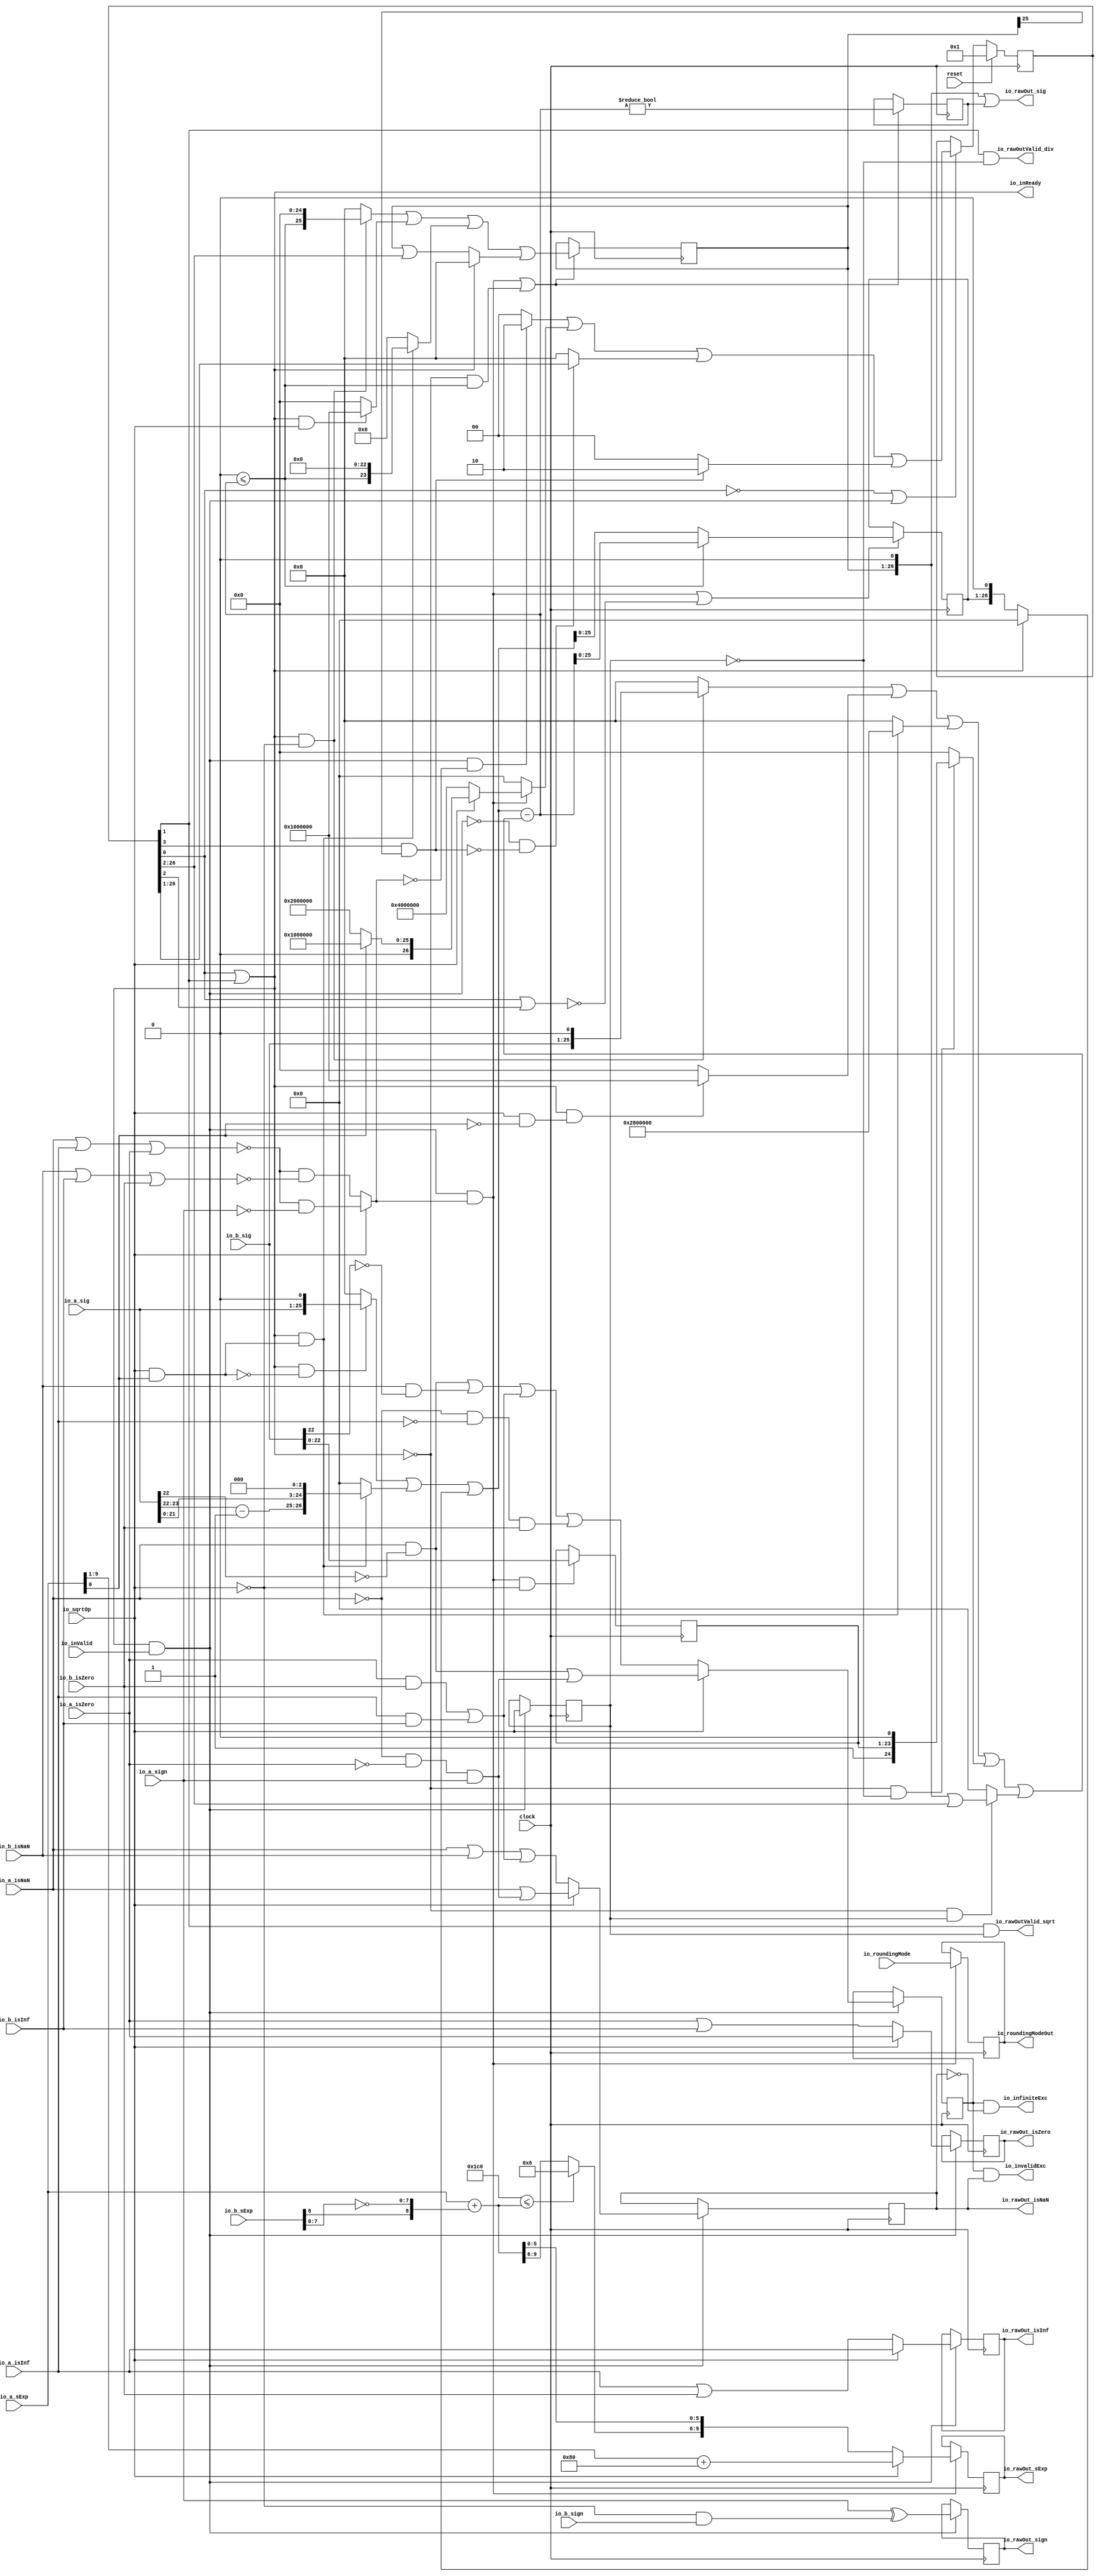
module DivSqrtRawFN_small(
  input         clock,
  input         reset,
  output        io_inReady,
  input         io_inValid,
  input         io_sqrtOp,
  input         io_a_isNaN,
  input         io_a_isInf,
  input         io_a_isZero,
  input         io_a_sign,
  input  [9:0]  io_a_sExp,
  input  [24:0] io_a_sig,
  input         io_b_isNaN,
  input         io_b_isInf,
  input         io_b_isZero,
  input         io_b_sign,
  input  [9:0]  io_b_sExp,
  input  [24:0] io_b_sig,
  input  [2:0]  io_roundingMode,
  output        io_rawOutValid_div,
  output        io_rawOutValid_sqrt,
  output [2:0]  io_roundingModeOut,
  output        io_invalidExc,
  output        io_infiniteExc,
  output        io_rawOut_isNaN,
  output        io_rawOut_isInf,
  output        io_rawOut_isZero,
  output        io_rawOut_sign,
  output [9:0]  io_rawOut_sExp,
  output [26:0] io_rawOut_sig
);
`ifdef RANDOMIZE_REG_INIT
  reg [31:0] _RAND_0;
  reg [31:0] _RAND_1;
  reg [31:0] _RAND_2;
  reg [31:0] _RAND_3;
  reg [31:0] _RAND_4;
  reg [31:0] _RAND_5;
  reg [31:0] _RAND_6;
  reg [31:0] _RAND_7;
  reg [31:0] _RAND_8;
  reg [31:0] _RAND_9;
  reg [31:0] _RAND_10;
  reg [31:0] _RAND_11;
  reg [31:0] _RAND_12;
`endif // RANDOMIZE_REG_INIT
  reg [26:0] cycleNum; // @[DivSqrtRecFN_small.scala 223:33]
  reg  sqrtOp_Z; // @[DivSqrtRecFN_small.scala 225:29]
  reg  majorExc_Z; // @[DivSqrtRecFN_small.scala 226:29]
  reg  isNaN_Z; // @[DivSqrtRecFN_small.scala 228:29]
  reg  isInf_Z; // @[DivSqrtRecFN_small.scala 229:29]
  reg  isZero_Z; // @[DivSqrtRecFN_small.scala 230:29]
  reg  sign_Z; // @[DivSqrtRecFN_small.scala 231:29]
  reg [9:0] sExp_Z; // @[DivSqrtRecFN_small.scala 232:29]
  reg [22:0] fractB_Z; // @[DivSqrtRecFN_small.scala 233:29]
  reg [2:0] roundingMode_Z; // @[DivSqrtRecFN_small.scala 234:29]
  reg [25:0] rem_Z; // @[DivSqrtRecFN_small.scala 240:29]
  reg  notZeroRem_Z; // @[DivSqrtRecFN_small.scala 241:29]
  reg [25:0] sigX_Z; // @[DivSqrtRecFN_small.scala 242:29]
  wire  notSigNaNIn_invalidExc_S_div = (io_a_isZero & io_b_isZero) | (io_a_isInf & io_b_isInf); // @[DivSqrtRecFN_small.scala 251:42]
  wire  _notSigNaNIn_invalidExc_S_sqrt_T = ~io_a_isNaN; // @[DivSqrtRecFN_small.scala 253:9]
  wire  notSigNaNIn_invalidExc_S_sqrt = ((~io_a_isNaN) & (~io_a_isZero)) & io_a_sign; // @[DivSqrtRecFN_small.scala 253:43]
  wire  _majorExc_S_T_2 = io_a_isNaN & (~(io_a_sig[22])); // @[common.scala 81:46]
  wire  _majorExc_S_T_3 = _majorExc_S_T_2 | notSigNaNIn_invalidExc_S_sqrt; // @[DivSqrtRecFN_small.scala 256:38]
  wire  _majorExc_S_T_9 = io_b_isNaN & (~(io_b_sig[22])); // @[common.scala 81:46]
  wire  _majorExc_S_T_11 = (_majorExc_S_T_2 | _majorExc_S_T_9) | notSigNaNIn_invalidExc_S_div; // @[DivSqrtRecFN_small.scala 257:66]
  wire  _majorExc_S_T_15 = (_notSigNaNIn_invalidExc_S_sqrt_T & (~io_a_isInf)) & io_b_isZero; // @[DivSqrtRecFN_small.scala 259:51]
  wire  _majorExc_S_T_16 = _majorExc_S_T_11 | _majorExc_S_T_15; // @[DivSqrtRecFN_small.scala 258:46]
  wire  _isNaN_S_T = io_a_isNaN | notSigNaNIn_invalidExc_S_sqrt; // @[DivSqrtRecFN_small.scala 263:26]
  wire  _isNaN_S_T_2 = (io_a_isNaN | io_b_isNaN) | notSigNaNIn_invalidExc_S_div; // @[DivSqrtRecFN_small.scala 264:42]
  wire  _sign_S_T = ~io_sqrtOp; // @[DivSqrtRecFN_small.scala 268:33]
  wire  sign_S = io_a_sign ^ ((~io_sqrtOp) & io_b_sign); // @[DivSqrtRecFN_small.scala 268:30]
  wire  specialCaseA_S = (io_a_isNaN | io_a_isInf) | io_a_isZero; // @[DivSqrtRecFN_small.scala 270:55]
  wire  specialCaseB_S = (io_b_isNaN | io_b_isInf) | io_b_isZero; // @[DivSqrtRecFN_small.scala 271:55]
  wire  _normalCase_S_div_T = ~specialCaseA_S; // @[DivSqrtRecFN_small.scala 272:28]
  wire  normalCase_S_div = (~specialCaseA_S) & (~specialCaseB_S); // @[DivSqrtRecFN_small.scala 272:45]
  wire  normalCase_S_sqrt = _normalCase_S_div_T & (~io_a_sign); // @[DivSqrtRecFN_small.scala 273:46]
  wire  normalCase_S = io_sqrtOp ? normalCase_S_sqrt : normalCase_S_div; // @[DivSqrtRecFN_small.scala 274:27]
  wire  sExpQuot_S_div_right = io_b_sExp[8]; // @[DivSqrtRecFN_small.scala 278:28]
  wire [7:0] sExpQuot_S_div_left = ~(io_b_sExp[7:0]); // @[DivSqrtRecFN_small.scala 278:40]
  wire [8:0] _sExpQuot_S_div_T_2 = {sExpQuot_S_div_right,sExpQuot_S_div_left}; // @[DivSqrtRecFN_small.scala 278:71]
  wire [9:0] _GEN_13 = {{1{_sExpQuot_S_div_T_2[8]}},_sExpQuot_S_div_T_2}; // @[DivSqrtRecFN_small.scala 277:21]
  wire [10:0] sExpQuot_S_div = $signed(io_a_sExp) + $signed(_GEN_13); // @[DivSqrtRecFN_small.scala 277:21]
  wire [3:0] sSatExpQuot_S_div_right = 11'sh1c0 <= $signed(sExpQuot_S_div) ? 4'h6 : sExpQuot_S_div[9:6]; // @[DivSqrtRecFN_small.scala 281:16]
  wire [5:0] sSatExpQuot_S_div_left = sExpQuot_S_div[5:0]; // @[DivSqrtRecFN_small.scala 285:27]
  wire [9:0] sSatExpQuot_S_div = {sSatExpQuot_S_div_right,sSatExpQuot_S_div_left}; // @[DivSqrtRecFN_small.scala 286:11]
  wire  evenSqrt_S = io_sqrtOp & (~(io_a_sExp[0])); // @[DivSqrtRecFN_small.scala 288:32]
  wire  oddSqrt_S = io_sqrtOp & (io_a_sExp[0]); // @[DivSqrtRecFN_small.scala 289:32]
  wire  idle = cycleNum[0]; // @[DivSqrtRecFN_small.scala 293:24]
  wire  inReady = idle | (cycleNum[1]); // @[DivSqrtRecFN_small.scala 294:24]
  wire  entering = inReady & io_inValid; // @[DivSqrtRecFN_small.scala 295:28]
  wire  entering_normalCase = entering & normalCase_S; // @[DivSqrtRecFN_small.scala 296:40]
  wire  skipCycle2 = (cycleNum[3]) & (sigX_Z[25]); // @[DivSqrtRecFN_small.scala 298:34]
  wire  _T_1 = (~idle) | entering; // @[DivSqrtRecFN_small.scala 300:18]
  wire  _cycleNum_T_1 = entering & (~normalCase_S); // @[DivSqrtRecFN_small.scala 302:26]
  wire [1:0] _cycleNum_T_2 = _cycleNum_T_1 ? 2'h2 : 2'h0; // @[DivSqrtRecFN_small.scala 302:16]
  wire [25:0] _cycleNum_T_4 = io_a_sExp[0] ? 26'h1000000 : 26'h2000000; // @[DivSqrtRecFN_small.scala 305:24]
  wire [26:0] _cycleNum_T_5 = io_sqrtOp ? {{1'd0}, _cycleNum_T_4} : 27'h4000000; // @[DivSqrtRecFN_small.scala 304:20]
  wire [26:0] _cycleNum_T_6 = entering_normalCase ? _cycleNum_T_5 : 27'h0; // @[DivSqrtRecFN_small.scala 303:16]
  wire [26:0] _GEN_14 = {{25'd0}, _cycleNum_T_2}; // @[DivSqrtRecFN_small.scala 302:59]
  wire [26:0] _cycleNum_T_7 = _GEN_14 | _cycleNum_T_6; // @[DivSqrtRecFN_small.scala 302:59]
  wire  _cycleNum_T_10 = (~entering) & (~skipCycle2); // @[DivSqrtRecFN_small.scala 310:28]
  wire [25:0] _cycleNum_T_12 = _cycleNum_T_10 ? cycleNum[26:1] : 26'h0; // @[DivSqrtRecFN_small.scala 310:16]
  wire [26:0] _GEN_15 = {{1'd0}, _cycleNum_T_12}; // @[DivSqrtRecFN_small.scala 309:15]
  wire [26:0] _cycleNum_T_13 = _cycleNum_T_7 | _GEN_15; // @[DivSqrtRecFN_small.scala 309:15]
  wire [1:0] _cycleNum_T_14 = skipCycle2 ? 2'h2 : 2'h0; // @[DivSqrtRecFN_small.scala 311:16]
  wire [26:0] _GEN_16 = {{25'd0}, _cycleNum_T_14}; // @[DivSqrtRecFN_small.scala 310:63]
  wire [26:0] _cycleNum_T_15 = _cycleNum_T_13 | _GEN_16; // @[DivSqrtRecFN_small.scala 310:63]
  wire [8:0] _sExp_Z_T = io_a_sExp[9:1]; // @[DivSqrtRecFN_small.scala 329:29]
  wire [9:0] _sExp_Z_T_1 = $signed(_sExp_Z_T) + 9'sh80; // @[DivSqrtRecFN_small.scala 329:34]
  wire  _T_3 = entering_normalCase & _sign_S_T; // @[DivSqrtRecFN_small.scala 334:31]
  wire  _rem_T_1 = inReady & (~oddSqrt_S); // @[DivSqrtRecFN_small.scala 341:21]
  wire [25:0] _rem_T_2 = {io_a_sig, 1'h0}; // @[DivSqrtRecFN_small.scala 341:47]
  wire [25:0] _rem_T_3 = _rem_T_1 ? _rem_T_2 : 26'h0; // @[DivSqrtRecFN_small.scala 341:12]
  wire  _rem_T_4 = inReady & oddSqrt_S; // @[DivSqrtRecFN_small.scala 342:21]
  wire [1:0] rem_right = (io_a_sig[23:22]) - 2'h1; // @[DivSqrtRecFN_small.scala 343:56]
  wire [24:0] rem_left = {io_a_sig[21:0], 3'h0}; // @[DivSqrtRecFN_small.scala 344:44]
  wire [26:0] _rem_T_8 = {rem_right,rem_left}; // @[Cat.scala 29:58]
  wire [26:0] _rem_T_9 = _rem_T_4 ? _rem_T_8 : 27'h0; // @[DivSqrtRecFN_small.scala 342:12]
  wire [26:0] _GEN_17 = {{1'd0}, _rem_T_3}; // @[DivSqrtRecFN_small.scala 341:57]
  wire [26:0] _rem_T_10 = _GEN_17 | _rem_T_9; // @[DivSqrtRecFN_small.scala 341:57]
  wire  _rem_T_11 = ~inReady; // @[DivSqrtRecFN_small.scala 348:13]
  wire [26:0] _rem_T_12 = {rem_Z, 1'h0}; // @[DivSqrtRecFN_small.scala 348:29]
  wire [26:0] _rem_T_13 = _rem_T_11 ? _rem_T_12 : 27'h0; // @[DivSqrtRecFN_small.scala 348:12]
  wire [26:0] rem = _rem_T_10 | _rem_T_13; // @[DivSqrtRecFN_small.scala 347:11]
  wire [24:0] bitMask = cycleNum[26:2]; // @[DivSqrtRecFN_small.scala 349:27]
  wire  _trialTerm_T_1 = inReady & _sign_S_T; // @[DivSqrtRecFN_small.scala 351:21]
  wire [25:0] _trialTerm_T_2 = {io_b_sig, 1'h0}; // @[DivSqrtRecFN_small.scala 351:47]
  wire [25:0] _trialTerm_T_3 = _trialTerm_T_1 ? _trialTerm_T_2 : 26'h0; // @[DivSqrtRecFN_small.scala 351:12]
  wire  _trialTerm_T_4 = inReady & evenSqrt_S; // @[DivSqrtRecFN_small.scala 352:21]
  wire [24:0] _trialTerm_T_5 = _trialTerm_T_4 ? 25'h1000000 : 25'h0; // @[DivSqrtRecFN_small.scala 352:12]
  wire [25:0] _GEN_18 = {{1'd0}, _trialTerm_T_5}; // @[DivSqrtRecFN_small.scala 351:73]
  wire [25:0] _trialTerm_T_6 = _trialTerm_T_3 | _GEN_18; // @[DivSqrtRecFN_small.scala 351:73]
  wire [25:0] _trialTerm_T_8 = _rem_T_4 ? 26'h2800000 : 26'h0; // @[DivSqrtRecFN_small.scala 353:12]
  wire [25:0] _trialTerm_T_9 = _trialTerm_T_6 | _trialTerm_T_8; // @[DivSqrtRecFN_small.scala 352:73]
  wire  _trialTerm_T_11 = ~sqrtOp_Z; // @[DivSqrtRecFN_small.scala 354:26]
  wire  _trialTerm_T_12 = _rem_T_11 & (~sqrtOp_Z); // @[DivSqrtRecFN_small.scala 354:23]
  wire [23:0] _trialTerm_T_13 = {1'h1,fractB_Z}; // @[Cat.scala 29:58]
  wire [24:0] _trialTerm_T_14 = {_trialTerm_T_13, 1'h0}; // @[DivSqrtRecFN_small.scala 354:56]
  wire [24:0] _trialTerm_T_15 = _trialTerm_T_12 ? _trialTerm_T_14 : 25'h0; // @[DivSqrtRecFN_small.scala 354:12]
  wire [25:0] _GEN_19 = {{1'd0}, _trialTerm_T_15}; // @[DivSqrtRecFN_small.scala 353:73]
  wire [25:0] _trialTerm_T_16 = _trialTerm_T_9 | _GEN_19; // @[DivSqrtRecFN_small.scala 353:73]
  wire  _trialTerm_T_18 = _rem_T_11 & sqrtOp_Z; // @[DivSqrtRecFN_small.scala 355:23]
  wire [26:0] _trialTerm_T_19 = {sigX_Z, 1'h0}; // @[DivSqrtRecFN_small.scala 355:44]
  wire [26:0] _GEN_20 = {{2'd0}, bitMask}; // @[DivSqrtRecFN_small.scala 355:48]
  wire [26:0] _trialTerm_T_20 = _trialTerm_T_19 | _GEN_20; // @[DivSqrtRecFN_small.scala 355:48]
  wire [26:0] _trialTerm_T_21 = _trialTerm_T_18 ? _trialTerm_T_20 : 27'h0; // @[DivSqrtRecFN_small.scala 355:12]
  wire [26:0] _GEN_21 = {{1'd0}, _trialTerm_T_16}; // @[DivSqrtRecFN_small.scala 354:73]
  wire [26:0] trialTerm = _GEN_21 | _trialTerm_T_21; // @[DivSqrtRecFN_small.scala 354:73]
  wire [27:0] _trialRem_T = {1'b0,$signed(rem)}; // @[DivSqrtRecFN_small.scala 356:24]
  wire [27:0] _trialRem_T_1 = {1'b0,$signed(trialTerm)}; // @[DivSqrtRecFN_small.scala 356:41]
  wire [27:0] trialRem = $signed(_trialRem_T) - $signed(_trialRem_T_1); // @[DivSqrtRecFN_small.scala 356:29]
  wire  newBit = 28'sh0 <= $signed(trialRem); // @[DivSqrtRecFN_small.scala 357:23]
  wire  _T_7 = entering_normalCase | (~(idle | (cycleNum[2]))); // @[DivSqrtRecFN_small.scala 359:31]
  wire [27:0] _rem_Z_T = $signed(_trialRem_T) - $signed(_trialRem_T_1); // @[DivSqrtRecFN_small.scala 360:39]
  wire [27:0] _rem_Z_T_1 = newBit ? _rem_Z_T : {{1'd0}, rem}; // @[DivSqrtRecFN_small.scala 360:21]
  wire [27:0] _GEN_10 = _T_7 ? _rem_Z_T_1 : {{2'd0}, rem_Z}; // @[DivSqrtRecFN_small.scala 359:58 DivSqrtRecFN_small.scala 360:15 DivSqrtRecFN_small.scala 240:29]
  wire  _T_10 = entering_normalCase | (_rem_T_11 & newBit); // @[DivSqrtRecFN_small.scala 362:31]
  wire  _notZeroRem_Z_T = $signed(trialRem) != 28'sh0; // @[DivSqrtRecFN_small.scala 363:35]
  wire [25:0] _sigX_Z_T_2 = {newBit, 25'h0}; // @[DivSqrtRecFN_small.scala 365:47]
  wire [25:0] _sigX_Z_T_3 = _trialTerm_T_1 ? _sigX_Z_T_2 : 26'h0; // @[DivSqrtRecFN_small.scala 365:16]
  wire  _sigX_Z_T_4 = inReady & io_sqrtOp; // @[DivSqrtRecFN_small.scala 366:25]
  wire [24:0] _sigX_Z_T_5 = _sigX_Z_T_4 ? 25'h1000000 : 25'h0; // @[DivSqrtRecFN_small.scala 366:16]
  wire [25:0] _GEN_22 = {{1'd0}, _sigX_Z_T_5}; // @[DivSqrtRecFN_small.scala 365:71]
  wire [25:0] _sigX_Z_T_6 = _sigX_Z_T_3 | _GEN_22; // @[DivSqrtRecFN_small.scala 365:71]
  wire [23:0] _sigX_Z_T_8 = {newBit, 23'h0}; // @[DivSqrtRecFN_small.scala 367:47]
  wire [23:0] _sigX_Z_T_9 = _rem_T_4 ? _sigX_Z_T_8 : 24'h0; // @[DivSqrtRecFN_small.scala 367:16]
  wire [25:0] _GEN_23 = {{2'd0}, _sigX_Z_T_9}; // @[DivSqrtRecFN_small.scala 366:71]
  wire [25:0] _sigX_Z_T_10 = _sigX_Z_T_6 | _GEN_23; // @[DivSqrtRecFN_small.scala 366:71]
  wire [25:0] _GEN_24 = {{1'd0}, bitMask}; // @[DivSqrtRecFN_small.scala 368:48]
  wire [25:0] _sigX_Z_T_12 = sigX_Z | _GEN_24; // @[DivSqrtRecFN_small.scala 368:48]
  wire [25:0] _sigX_Z_T_13 = _rem_T_11 ? _sigX_Z_T_12 : 26'h0; // @[DivSqrtRecFN_small.scala 368:16]
  wire [25:0] _sigX_Z_T_14 = _sigX_Z_T_10 | _sigX_Z_T_13; // @[DivSqrtRecFN_small.scala 367:71]
  wire [26:0] _GEN_25 = {{26'd0}, notZeroRem_Z}; // @[DivSqrtRecFN_small.scala 385:35]
  assign io_inReady = idle | (cycleNum[1]); // @[DivSqrtRecFN_small.scala 294:24]
  assign io_rawOutValid_div = (cycleNum[1]) & _trialTerm_T_11; // @[DivSqrtRecFN_small.scala 375:40]
  assign io_rawOutValid_sqrt = (cycleNum[1]) & sqrtOp_Z; // @[DivSqrtRecFN_small.scala 376:40]
  assign io_roundingModeOut = roundingMode_Z; // @[DivSqrtRecFN_small.scala 377:25]
  assign io_invalidExc = majorExc_Z & isNaN_Z; // @[DivSqrtRecFN_small.scala 378:36]
  assign io_infiniteExc = majorExc_Z & (~isNaN_Z); // @[DivSqrtRecFN_small.scala 379:36]
  assign io_rawOut_isNaN = isNaN_Z; // @[DivSqrtRecFN_small.scala 380:22]
  assign io_rawOut_isInf = isInf_Z; // @[DivSqrtRecFN_small.scala 381:22]
  assign io_rawOut_isZero = isZero_Z; // @[DivSqrtRecFN_small.scala 382:22]
  assign io_rawOut_sign = sign_Z; // @[DivSqrtRecFN_small.scala 383:22]
  assign io_rawOut_sExp = sExp_Z; // @[DivSqrtRecFN_small.scala 384:22]
  assign io_rawOut_sig = _trialTerm_T_19 | _GEN_25; // @[DivSqrtRecFN_small.scala 385:35]
  always @(posedge clock) begin
    if (reset) begin // @[DivSqrtRecFN_small.scala 223:33]
      cycleNum <= 27'h1; // @[DivSqrtRecFN_small.scala 223:33]
    end else if (_T_1) begin // @[DivSqrtRecFN_small.scala 300:31]
      cycleNum <= _cycleNum_T_15; // @[DivSqrtRecFN_small.scala 301:18]
    end
    if (entering) begin // @[DivSqrtRecFN_small.scala 318:21]
      sqrtOp_Z <= io_sqrtOp; // @[DivSqrtRecFN_small.scala 319:20]
    end
    if (entering) begin // @[DivSqrtRecFN_small.scala 318:21]
      if (io_sqrtOp) begin // @[DivSqrtRecFN_small.scala 255:12]
        majorExc_Z <= _majorExc_S_T_3;
      end else begin
        majorExc_Z <= _majorExc_S_T_16;
      end
    end
    if (entering) begin // @[DivSqrtRecFN_small.scala 318:21]
      if (io_sqrtOp) begin // @[DivSqrtRecFN_small.scala 262:12]
        isNaN_Z <= _isNaN_S_T;
      end else begin
        isNaN_Z <= _isNaN_S_T_2;
      end
    end
    if (entering) begin // @[DivSqrtRecFN_small.scala 318:21]
      if (io_sqrtOp) begin // @[DivSqrtRecFN_small.scala 266:23]
        isInf_Z <= io_a_isInf;
      end else begin
        isInf_Z <= io_a_isInf | io_b_isZero;
      end
    end
    if (entering) begin // @[DivSqrtRecFN_small.scala 318:21]
      if (io_sqrtOp) begin // @[DivSqrtRecFN_small.scala 267:23]
        isZero_Z <= io_a_isZero;
      end else begin
        isZero_Z <= io_a_isZero | io_b_isInf;
      end
    end
    if (entering) begin // @[DivSqrtRecFN_small.scala 318:21]
      sign_Z <= sign_S; // @[DivSqrtRecFN_small.scala 324:20]
    end
    if (entering_normalCase) begin // @[DivSqrtRecFN_small.scala 326:32]
      if (io_sqrtOp) begin // @[DivSqrtRecFN_small.scala 328:16]
        sExp_Z <= _sExp_Z_T_1;
      end else begin
        sExp_Z <= sSatExpQuot_S_div;
      end
    end
    if (_T_3) begin // @[DivSqrtRecFN_small.scala 334:47]
      fractB_Z <= io_b_sig[22:0]; // @[DivSqrtRecFN_small.scala 335:18]
    end
    if (entering_normalCase) begin // @[DivSqrtRecFN_small.scala 326:32]
      roundingMode_Z <= io_roundingMode; // @[DivSqrtRecFN_small.scala 332:24]
    end
    rem_Z <= _GEN_10[25:0];
    if (_T_10) begin // @[DivSqrtRecFN_small.scala 362:57]
      notZeroRem_Z <= _notZeroRem_Z_T; // @[DivSqrtRecFN_small.scala 363:22]
    end
    if (_T_10) begin // @[DivSqrtRecFN_small.scala 362:57]
      sigX_Z <= _sigX_Z_T_14; // @[DivSqrtRecFN_small.scala 364:16]
    end
  end
// Register and memory initialization
`ifdef RANDOMIZE_GARBAGE_ASSIGN
`define RANDOMIZE
`endif
`ifdef RANDOMIZE_INVALID_ASSIGN
`define RANDOMIZE
`endif
`ifdef RANDOMIZE_REG_INIT
`define RANDOMIZE
`endif
`ifdef RANDOMIZE_MEM_INIT
`define RANDOMIZE
`endif
`ifndef RANDOM
`define RANDOM $random
`endif
`ifdef RANDOMIZE_MEM_INIT
  integer initvar;
`endif
`ifndef SYNTHESIS
`ifdef FIRRTL_BEFORE_INITIAL
`FIRRTL_BEFORE_INITIAL
`endif
initial begin
  `ifdef RANDOMIZE
    `ifdef INIT_RANDOM
      `INIT_RANDOM
    `endif
    `ifndef VERILATOR
      `ifdef RANDOMIZE_DELAY
        #`RANDOMIZE_DELAY begin end
      `else
        #0.002 begin end
      `endif
    `endif
`ifdef RANDOMIZE_REG_INIT
  _RAND_0 = {1{`RANDOM}};
  cycleNum = _RAND_0[26:0];
  _RAND_1 = {1{`RANDOM}};
  sqrtOp_Z = _RAND_1[0:0];
  _RAND_2 = {1{`RANDOM}};
  majorExc_Z = _RAND_2[0:0];
  _RAND_3 = {1{`RANDOM}};
  isNaN_Z = _RAND_3[0:0];
  _RAND_4 = {1{`RANDOM}};
  isInf_Z = _RAND_4[0:0];
  _RAND_5 = {1{`RANDOM}};
  isZero_Z = _RAND_5[0:0];
  _RAND_6 = {1{`RANDOM}};
  sign_Z = _RAND_6[0:0];
  _RAND_7 = {1{`RANDOM}};
  sExp_Z = _RAND_7[9:0];
  _RAND_8 = {1{`RANDOM}};
  fractB_Z = _RAND_8[22:0];
  _RAND_9 = {1{`RANDOM}};
  roundingMode_Z = _RAND_9[2:0];
  _RAND_10 = {1{`RANDOM}};
  rem_Z = _RAND_10[25:0];
  _RAND_11 = {1{`RANDOM}};
  notZeroRem_Z = _RAND_11[0:0];
  _RAND_12 = {1{`RANDOM}};
  sigX_Z = _RAND_12[25:0];
`endif // RANDOMIZE_REG_INIT
  `endif // RANDOMIZE
end // initial
`ifdef FIRRTL_AFTER_INITIAL
`FIRRTL_AFTER_INITIAL
`endif
`endif // SYNTHESIS
endmodule